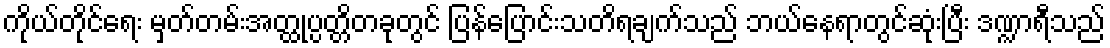
ကိုယ်တိုင်ရေး မှတ်တမ်းအတ္ထုပ္ပတ္တိတခုတွင် ပြန်ပြောင်းသတိရချက်သည် ဘယ်နေရာတွင်ဆုံးပြီး ဒဏ္ဍာရီသည်